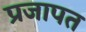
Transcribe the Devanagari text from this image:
प्रजापत